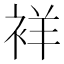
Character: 𬡘